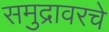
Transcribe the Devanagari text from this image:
समुद्रावरचे